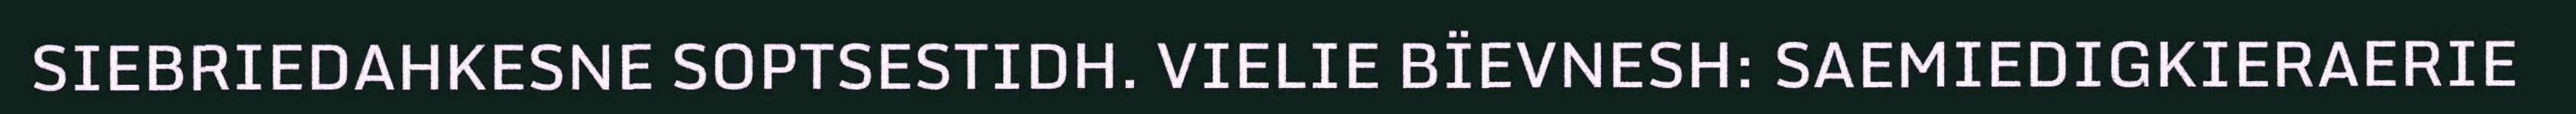
SIEBRIEDAHKESNE SOPTSESTIDH. VIELIE BÏEVNESH: SAEMIEDIGKIERAERIE